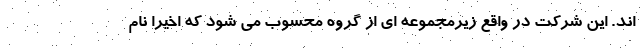
اند. این شرکت در واقع زیرمجموعه ای از گروه محسوب می شود که اخیرا نام